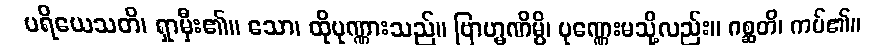
ပရိယေသတိ၊ ရှာမှီး၏။ သော၊ ထိုပုဏ္ဏားသည်။ ဗြာဟ္မဏိမ္ပိ၊ ပုဏ္ဏေးမသို့လည်း။ ဂစ္ဆတိ၊ ကပ်၏။